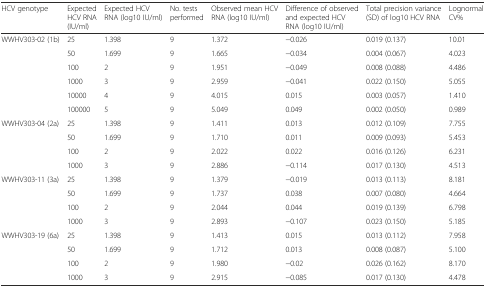
<table><thead><tr><td><b>HCV genotype</b></td><td><b>Expected HCV RNA (IU/ml)</b></td><td><b>Expected HCV RNA (log10 IU/ml)</b></td><td><b>No. tests performed</b></td><td><b>Observed mean HCV RNA (log10 IU/ml)</b></td><td><b>Difference of observed and expected HCV RNA (log10 IU/ml)</b></td><td><b>Total precision variance (SD) of log10 HCV RNA</b></td><td><b>Lognormal CV%</b></td></tr></thead><tbody><tr><td>WWHV303-02 (1b)</td><td>25</td><td>1.398</td><td>9</td><td>1.372</td><td>−0.026</td><td>0.019 (0.137)</td><td>10.01</td></tr><tr><td></td><td>50</td><td>1.699</td><td>9</td><td>1.665</td><td>−0.034</td><td>0.004 (0.067)</td><td>4.023</td></tr><tr><td></td><td>100</td><td>2</td><td>9</td><td>1.951</td><td>−0.049</td><td>0.008 (0.088)</td><td>4.486</td></tr><tr><td></td><td>1000</td><td>3</td><td>9</td><td>2.959</td><td>−0.041</td><td>0.022 (0.150)</td><td>5.055</td></tr><tr><td></td><td>10000</td><td>4</td><td>9</td><td>4.015</td><td>0.015</td><td>0.003 (0.057)</td><td>1.410</td></tr><tr><td></td><td>100000</td><td>5</td><td>9</td><td>5.049</td><td>0.049</td><td>0.002 (0.050)</td><td>0.989</td></tr><tr><td>WWHV303-04 (2a)</td><td>25</td><td>1.398</td><td>9</td><td>1.411</td><td>0.013</td><td>0.012 (0.109)</td><td>7.755</td></tr><tr><td></td><td>50</td><td>1.699</td><td>9</td><td>1.710</td><td>0.011</td><td>0.009 (0.093)</td><td>5.453</td></tr><tr><td></td><td>100</td><td>2</td><td>9</td><td>2.022</td><td>0.022</td><td>0.016 (0.126)</td><td>6.231</td></tr><tr><td></td><td>1000</td><td>3</td><td>9</td><td>2.886</td><td>−0.114</td><td>0.017 (0.130)</td><td>4.513</td></tr><tr><td>WWHV303-11 (3a)</td><td>25</td><td>1.398</td><td>9</td><td>1.379</td><td>−0.019</td><td>0.013 (0.113)</td><td>8.181</td></tr><tr><td></td><td>50</td><td>1.699</td><td>9</td><td>1.737</td><td>0.038</td><td>0.007 (0.080)</td><td>4.664</td></tr><tr><td></td><td>100</td><td>2</td><td>9</td><td>2.044</td><td>0.044</td><td>0.019 (0.139)</td><td>6.798</td></tr><tr><td></td><td>1000</td><td>3</td><td>9</td><td>2.893</td><td>−0.107</td><td>0.023 (0.150)</td><td>5.185</td></tr><tr><td>WWHV303-19 (6a)</td><td>25</td><td>1.398</td><td>9</td><td>1.413</td><td>0.015</td><td>0.013 (0.112)</td><td>7.958</td></tr><tr><td></td><td>50</td><td>1.699</td><td>9</td><td>1.712</td><td>0.013</td><td>0.008 (0.087)</td><td>5.100</td></tr><tr><td></td><td>100</td><td>2</td><td>9</td><td>1.980</td><td>−0.02</td><td>0.026 (0.162)</td><td>8.170</td></tr><tr><td></td><td>1000</td><td>3</td><td>9</td><td>2.915</td><td>−0.085</td><td>0.017 (0.130)</td><td>4.478</td></tr></tbody></table>